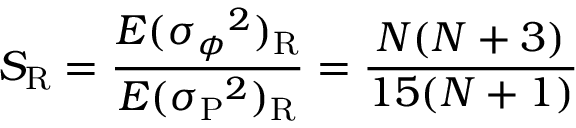
S _ { \mathrm R } = { \frac { E ( \sigma { _ \phi } ^ { 2 } ) _ { \mathrm R } } { E ( \sigma { _ { \mathrm P } } ^ { 2 } ) _ { \mathrm R } } } = { \frac { N ( N + 3 ) } { 1 5 ( N + 1 ) } }